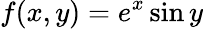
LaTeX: \, \! f(x,y)=e^{x}\sin y